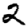
Digit: 2